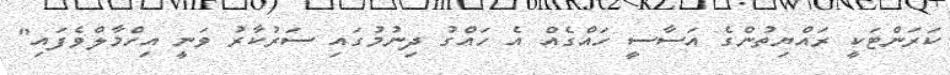
ކަރަންޓަކީ ރައްޔިތުންގެ އަސާސީ ހައްގެއް އެ ހައްގު ދިނުމުގައި ސަރުކާރު ވަނީ އިހްމާލްވެފައި"